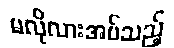
မလိုလားအပ်သည့်